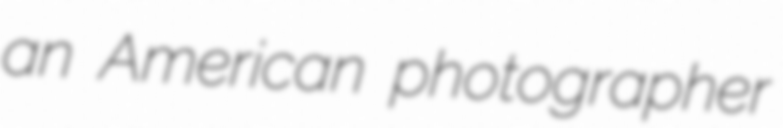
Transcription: an American photographer